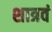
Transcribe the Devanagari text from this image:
शात्रवं